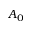
A _ { 0 }